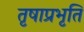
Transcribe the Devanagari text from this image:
तृषाप्रभृति